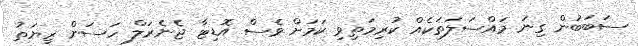
ސަބަބުން ގިނަ މައްސަލަތަކެއް ކުރިމަތިވި ކަމަށް ވެސް އޮޑިޓާ ޖެނެރަލް ހަސަން ޒިޔަތު